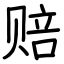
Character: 赔